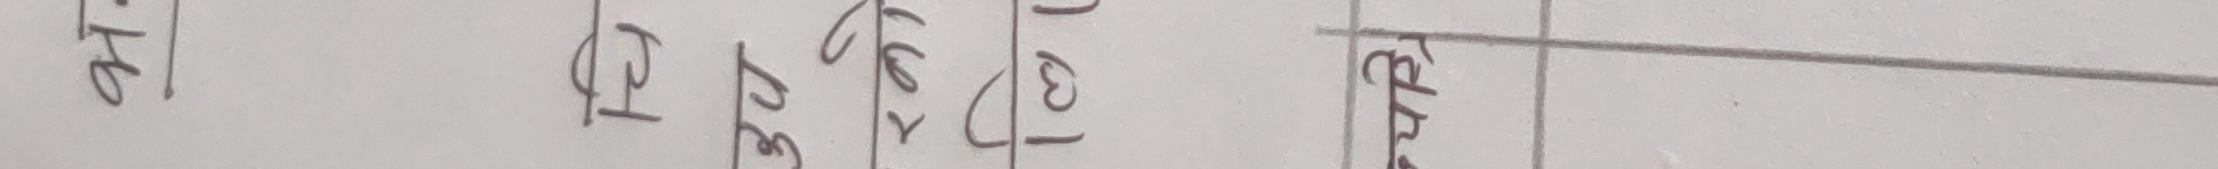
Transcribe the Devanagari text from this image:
अहि फीवहर